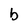
Character: b